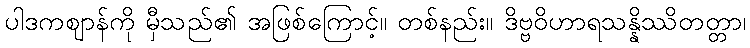
ပါဒကဈာန်ကို မှီသည်၏ အဖြစ်ကြောင့်။ တစ်နည်း။ ဒိဗ္ဗဝိဟာရသန္နိဿိတတ္တာ၊